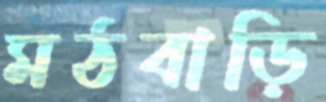
মঠবাড়ি